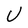
Character: U